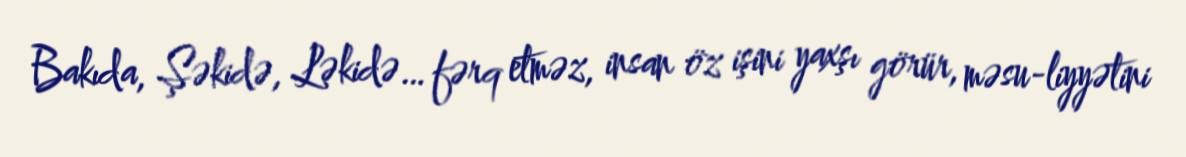
Bakıda, Şəkidə, Ləkidə… fərq etməz, insan öz işini yaxşı görür, məsu­liyyətini